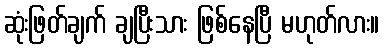
ဆုံးဖြတ်ချက် ချပြီးသား ဖြစ်နေပြီ မဟုတ်လား။